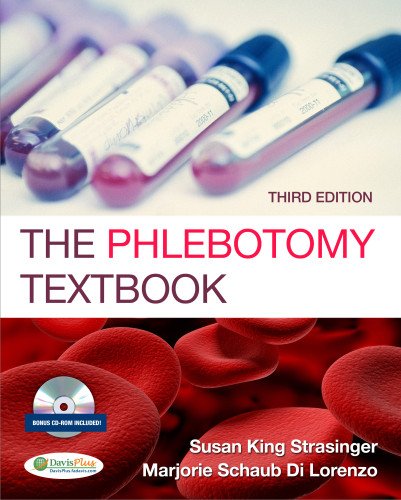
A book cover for The Phlebotomy Textbook; Susan King Strasinger DA  MLS(ASCP); Medical Books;